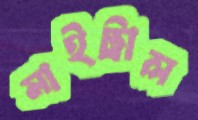
মাইট্রাল